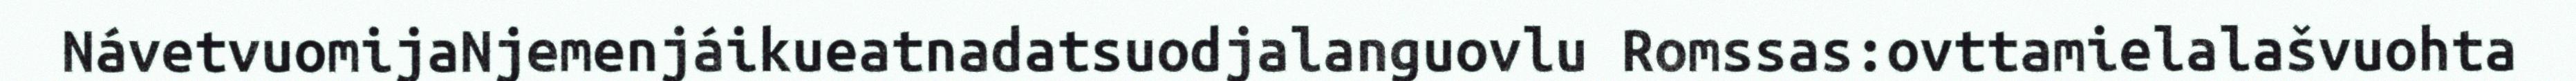
NávetvuomijaNjemenjáikueatnadatsuodjalanguovlu Romssas:ovttamielalašvuohta